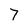
Character: 7